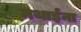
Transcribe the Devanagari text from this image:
मथाईना